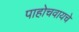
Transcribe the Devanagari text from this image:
पाहोचवायचे